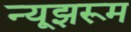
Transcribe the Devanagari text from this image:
न्यूझरूम